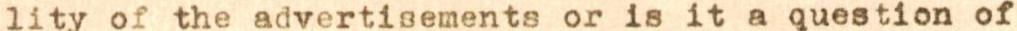
lity of the advertisements or is it a question of